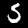
Digit: 5